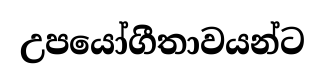
උපයෝගීතාවයන්ට